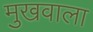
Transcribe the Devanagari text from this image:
मुखवाला